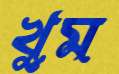
খুম